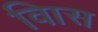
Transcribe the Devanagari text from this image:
विास